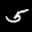
Label: 5